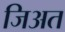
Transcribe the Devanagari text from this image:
जिअत